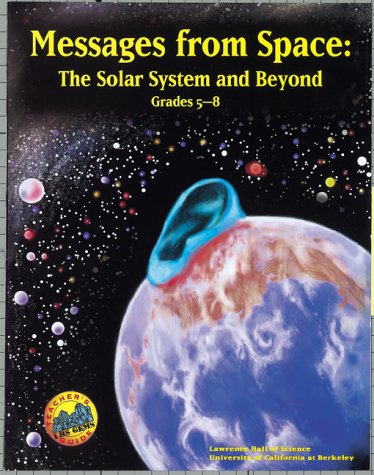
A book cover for Messages from Space: The Solar System and Beyond : Grades 5-8 (Great Explorations in Math & Science); Kevin Beals; Science & Math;